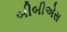
બીબીએસ